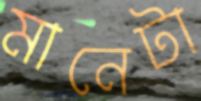
মানেটা